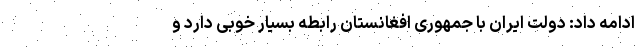
ادامه داد: دولت ایران با جمهوری افغانستان رابطه بسیار خوبی دارد و